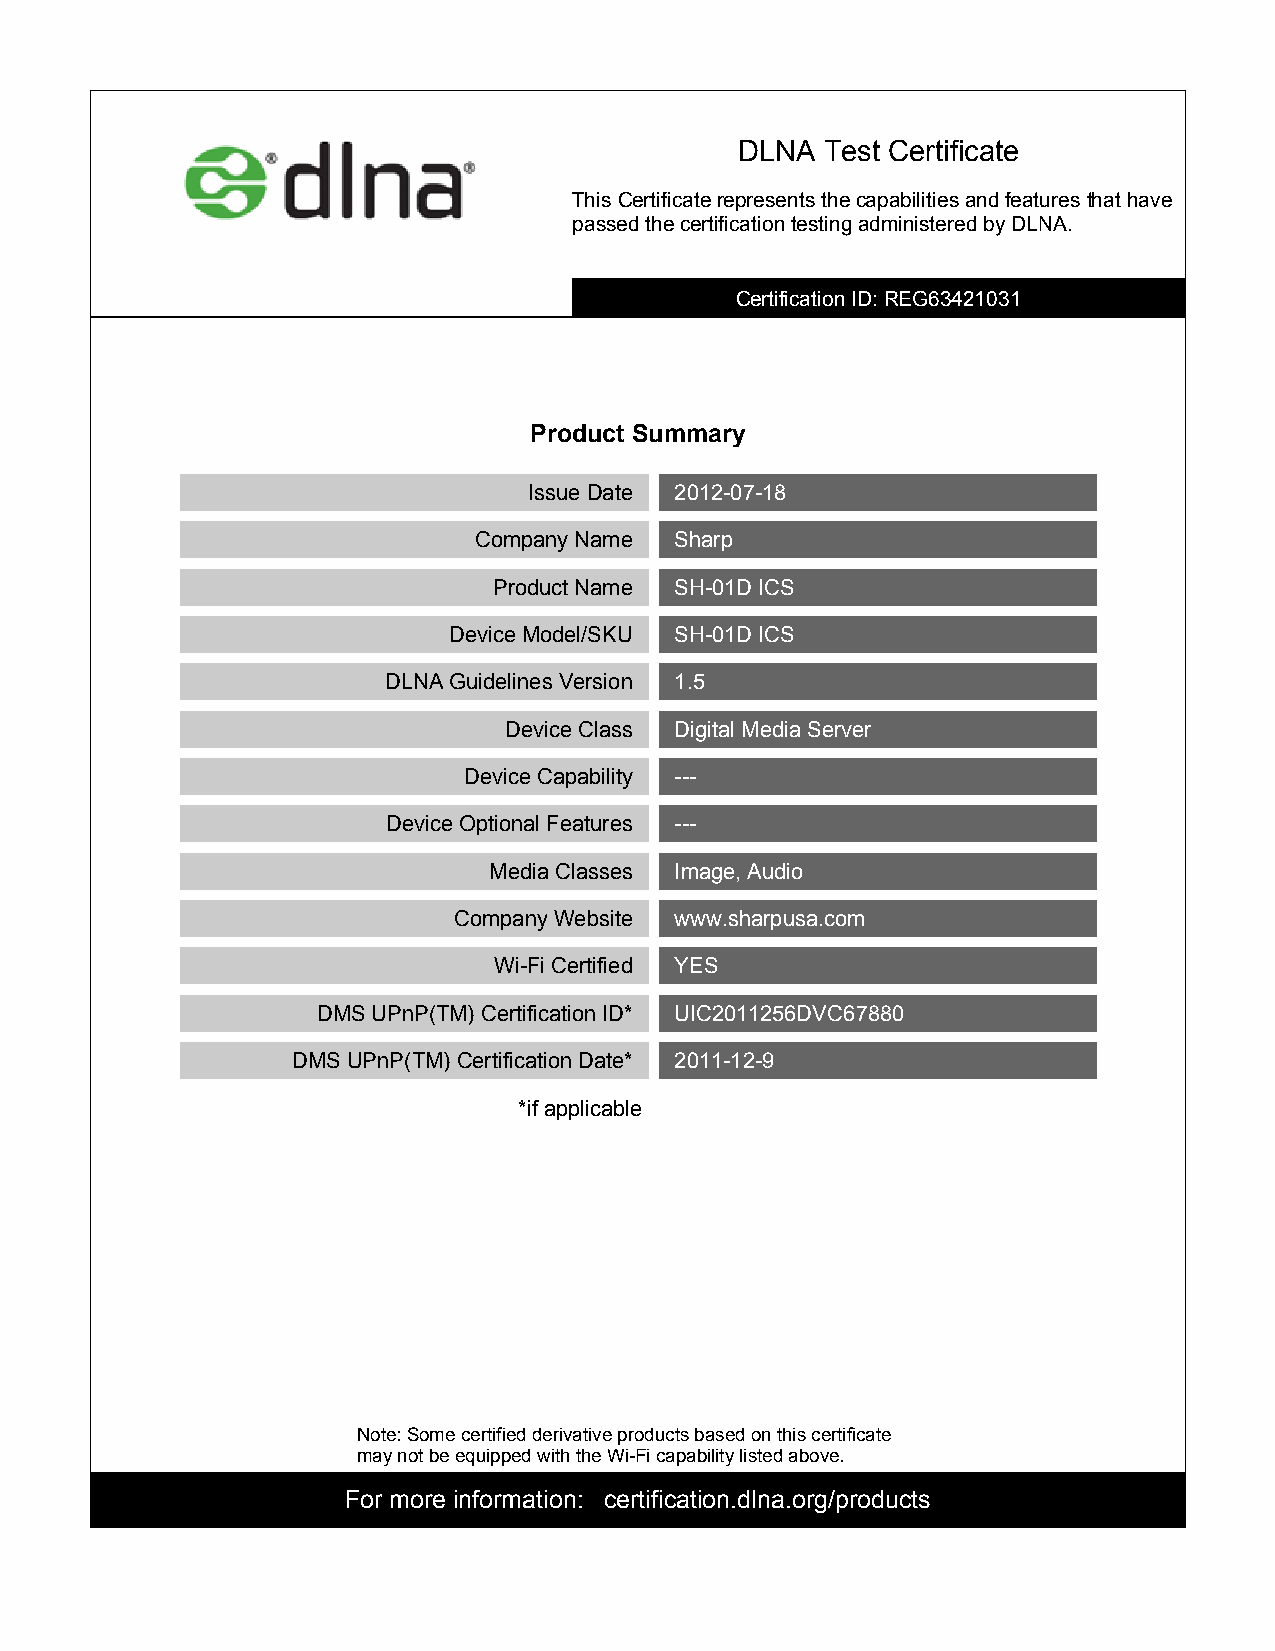
DLNA  Test Certificate
 ThisCertificaterepresentsthecapabilitiesandfeaturesthathave
 passedthecertificationtestingadministeredbyDLNA.
 CertificationID:REG63421031
 Product Summary
 IssueDate 2012-07-18
 CompanyName   Sharp
 ProductName SH-01DICS
 DeviceModel/SKU SH-01DICS
 DLNAGuidelinesVersion 1.5
 DeviceClass DigitalMediaServer
 DeviceCapability ---
 DeviceOptionalFeatures ---
 MediaClasses Image,Audio
 CompanyWebsite www.sharpusa.com
 Wi-FiCertified YES
 DMSUPnP(TM)CertificationID* UIC2011256DVC67880
 DMSUPnP(TM)CertificationDate* 2011-12-9
 *ifapplicable
 Note:Somecertifiedderivativeproductsbasedonthiscertificate
 maynotbeequippedwiththeWi-Ficapabilitylistedabove.
 For more information: certification.dlna.org/products